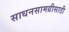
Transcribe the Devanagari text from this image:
साधनसामग्रीसाठी